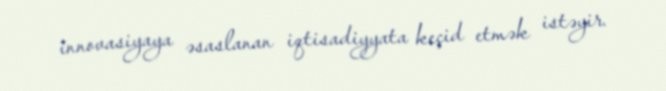
innovasiyaya əsaslanan iqtisadiyyata keçid etmək istəyir.